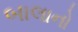
બાલાનો